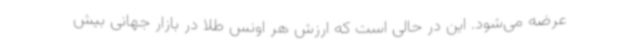
عرضه می‌شود. این در حالی است که ارزش هر اونس طلا در بازار جهانی بیش